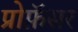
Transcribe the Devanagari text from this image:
प्रोफ़ॅसर